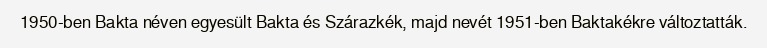
1950-ben Bakta néven egyesült Bakta és Szárazkék, majd nevét 1951-ben Baktakékre változtatták.